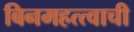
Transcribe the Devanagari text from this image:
बिनमहत्त्वाची